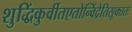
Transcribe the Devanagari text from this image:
शुद्धिंकुर्वीतएतोन्विंद्रेतिसूक्ततः